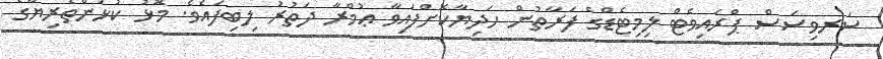
ސަރވިސަސް ޕްރައިވެޓް ލިމިޓެޑްގެ ފަރާތުން ހަދިޔާކޮށްފައިވާ ޢުމްރާ ދަތުރު ލިބިފައެވެ. މޮޅު ކުޅުންތެރިޔާގެ